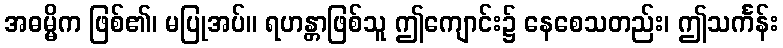
အဓမ္မိက ဖြစ်၏၊ မပြုအပ်။ ရဟန္တာဖြစ်သူ ဤကျောင်း၌ နေစေသတည်း၊ ဤသင်္ကန်း